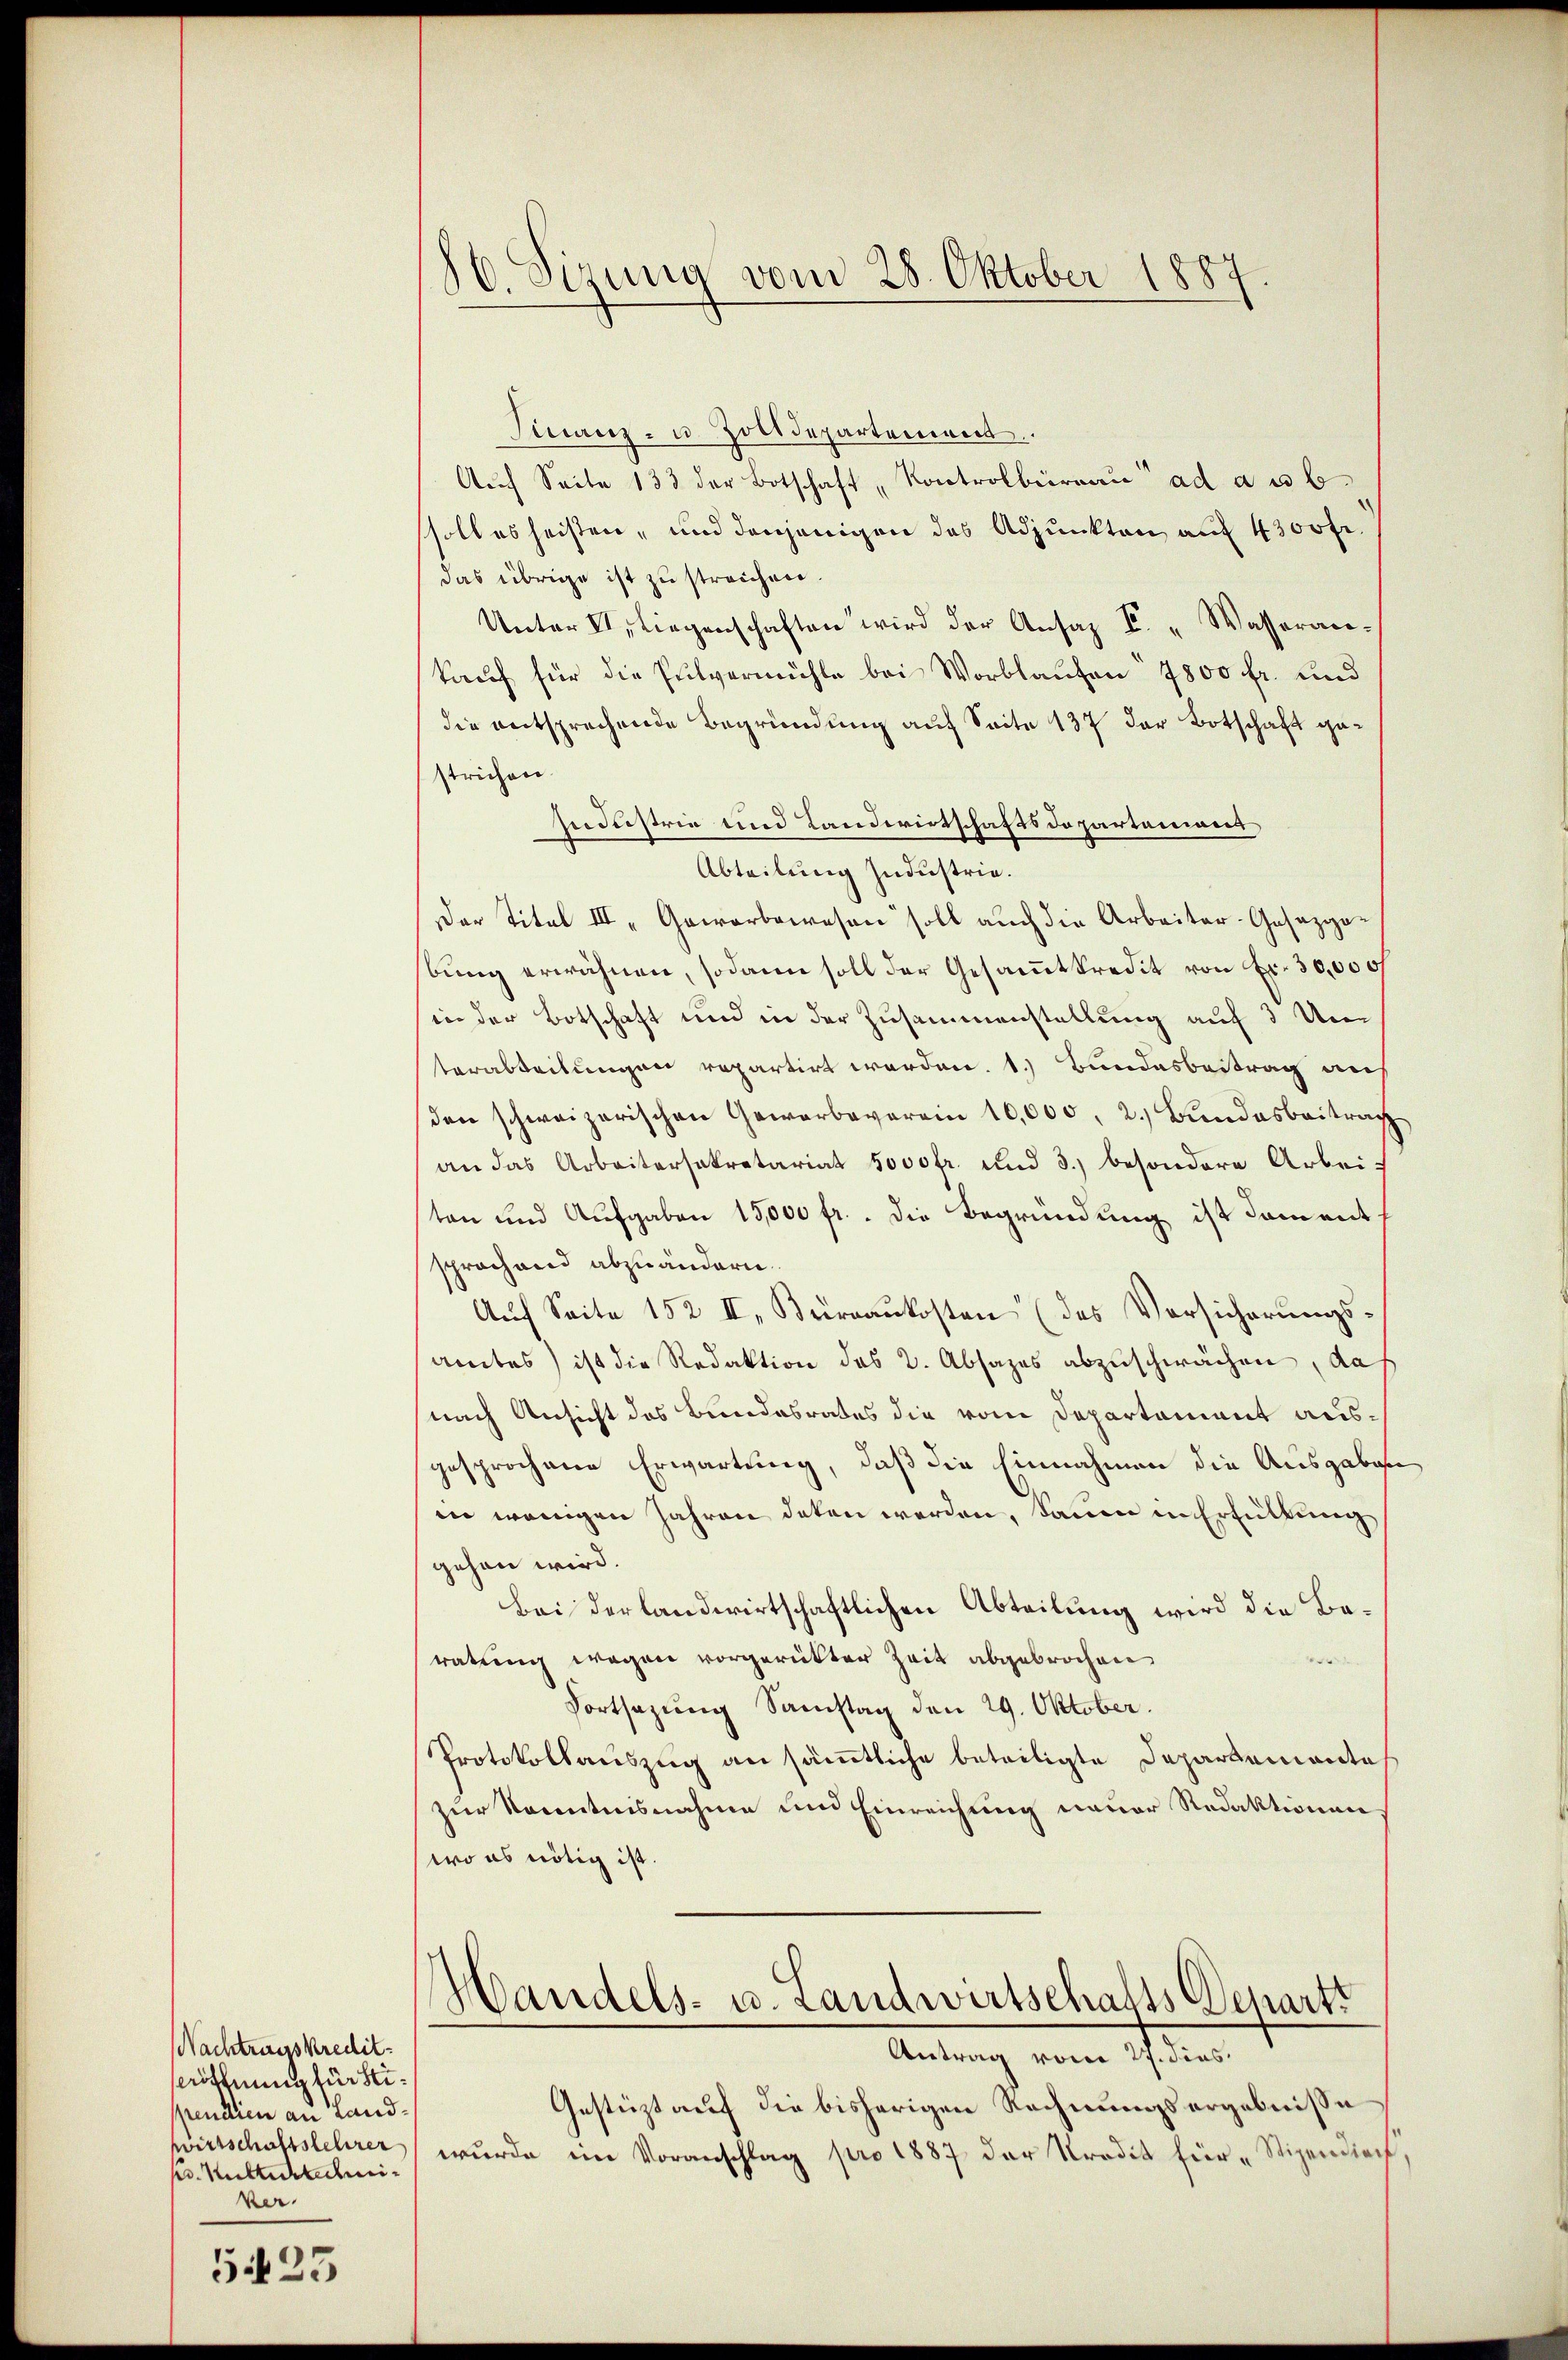
Nachtragskredit.
seröffnung für Stispendien an Landwirtschaftslehrer
f Mutterledi¬
Ver.
5423

86. Sizung vom 28. Oktober 1887.

Finanz- u. Zolldepartement.
Aŭf Seite 133 der Botschaft "Kontrolbüreaŭ ad a u b
soll es heisten, und denjenigen des Adjunkten auf 4300 fr.
das übrige ist zu streichen.
Unter II. liegenschaften wird der Ansaz E. "Wasserankauf für die Pulvermühle bei Worblaufen 7800 fr. und
die entsprechende Begründung auf Seite 137 der Botschaft gestrichen
Industrie und Landwirtschaftsdepartamians,
Abteilung Industrie.
Der Titel III „Gewerbewesen soll auch die Arbeiter-Gesezgobŭng erwähnen, sodann soll der Gesammtkredit von Fr. 30,000
in der Botschaft und in der Zusammenstellung auf 3 Umterabteilungen repartirt worden. 1. Bundesbeitrag auf
den schweizerischen Gewerbeverein 10,000, 2. Bundesbeitrach
an das Arbeitersekretariat 5000fr. und 3.) besondere Arbei-
ten und Aufgaben 15,000 fr. die Begründung ist dament
sprochend abzuändern
Auf Seite 152 II, Büreaukosten (des Versicherungsamtes ist die Redaktion des 2. Absages abzuschwächen, daß
nach Ansicht des Bundesrates die vom Departament ausgesprochene Erwartung, daß die Einnahmen die Ausgaben
in wenigen Jahren deten werden, kaum in Erfüllung
gehen wird.
Bei der landwirtschaftlichen Abteilung wird die Beratung wegen vorgerückter Zeit abgebrochen

Fortsazung Samstag den 29. Oktober.
Protokollauszug an sämtliche beteiligte Departemente
zur Sonntnisnahme und Einreichung neuer Redaktionen
wo es nötig ist.
Mandels- u. Landwirtschafts-Depart
Antrag vom 27. dies
Gestüzt auf die bisherigen Rechnungsergebnisse
wŭrde im Voranschlag pro 1887 der Kredit für „Stipendien,